Civil Veterinary Department. Madras. Admin. report 1926-33 - 1926-1933
Year: 1926
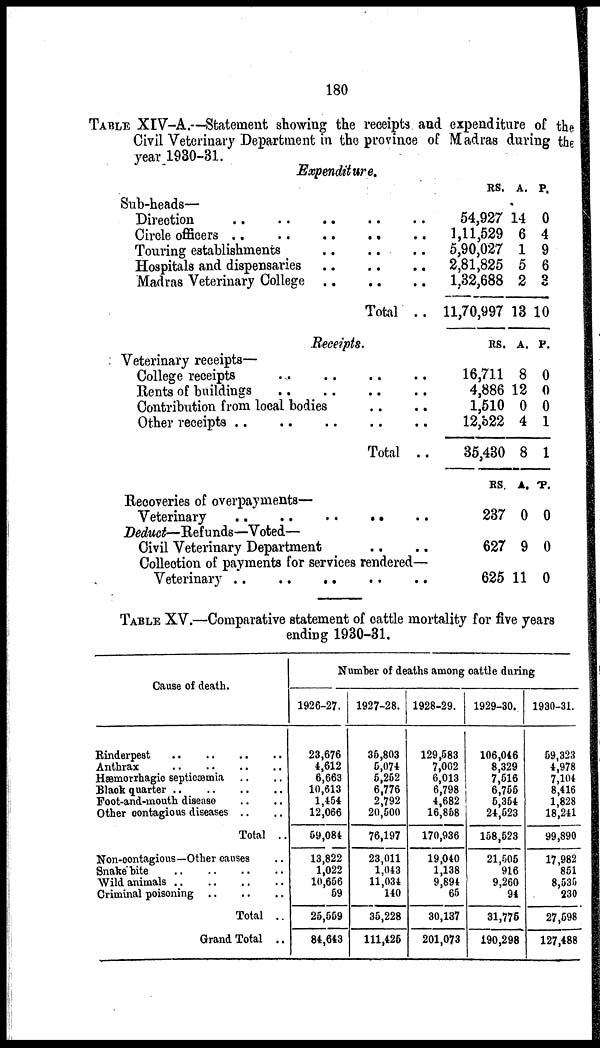
180
TABLE XIV-A.—Statement showing the receipts and expenditure of the
Civil Veterinary Department in the province of Madras during the
year 1930-31.
Expenditure.
Sub-heads—
Direction .. .. ..
Circle officers .. .. ..
Touring establishments ..
Hospitals and dispensaries ..
Madras Veterinary College ..
..
..
.. ..
..
..
.. ..
.. ..
Total ..
RS.
54,927
1,11,529
5,90,027
2,81,825
1,32,688
11,70,997
A.
14
6
1
5
2
13 1
P.
0
4
9
6
3
0
Receipts.
Veterinary receipts-
College receipts .. ..
Rents of buildings .. ..
Contribution from local bodies
Other receipts
..
..
..
Recoveries of overpayments—
Deduct—Refunds—Voted—
Civil Veterinary Department
.. ..
.. ..
.. ..
.. ..
.. ..
Total ..
.. ..
Collection of payments for services rendered—
RS.
16,711
4,886
1,510
12,b22
35,430
RS.
237
627
625
A.
8
12
0
4
8
A.
0
9
11
P.
0
0
0
1
1
P.
0
0
0
TABLE XV.—Comparative statement of cattle mortality for five years
ending 1930-31.
Cause of death.
Anthrax
..
..
..
..
Hæmorrhagic septicaemia .. ..
Foot-and-mouth disease .. ..
Other contagious diseases .. ..
Total ..
Non-contagious—Other causes ..
Snake bite
..
..
..
..
Wild animals
..
..
..
..
Total ..
Grand Total ..
Number of deaths among cattle during
1926-27.
23,676
4,612
6,663
10,613
1,454
12,066
59,084
13,822
1,022
10,656
59
25,559
84,643
1927-28.
35,803
5,074
5,252
6,776
2,792
20,500
76,197
23,011
1,043
11,034
140
35,228
111,425
1928-29.
129,583
7,002
6,013
6,798
4,682
16,858
170,936
19,040
1,138
9,894
65
30,137
201,073
1929-30.
106,046
8,329
7,516
6,755
5,354
24,523
158,523
21,005
916
9,260
94
31,776
190,298
1930-31.
59,323
4,978
7,104
8,416
1,828
18,241
99,890
17,982
851
8,535
230
27,598
127,488